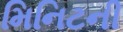
મિનિટની